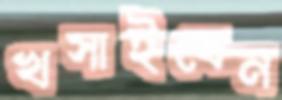
খসাইবেন